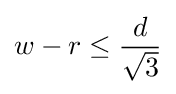
w-r\leq {\frac {d}{\sqrt {3}}}